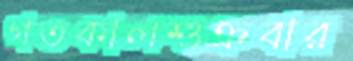
গতকালশুক্রবার